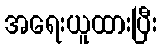
အရေးယူထားပြီး